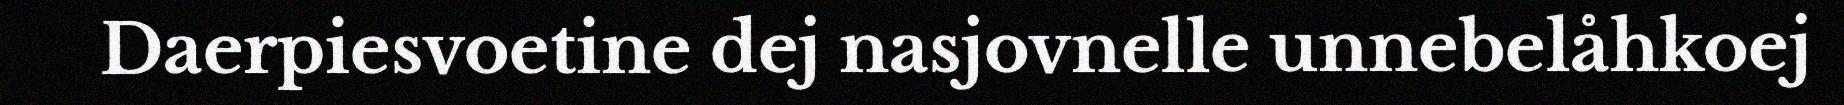
Daerpiesvoetine dej nasjovnelle unnebelåhkoej